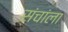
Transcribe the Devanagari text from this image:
संचांला